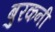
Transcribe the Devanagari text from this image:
बुरकनी